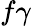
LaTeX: f\gamma